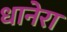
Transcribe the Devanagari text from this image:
धानेरा